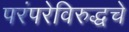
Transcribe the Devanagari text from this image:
परंपरेविरुद्धचे